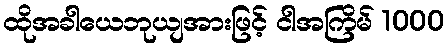
ထိုအခါယေဘုယျအားဖြင့် ငါအကြိမ် 1000